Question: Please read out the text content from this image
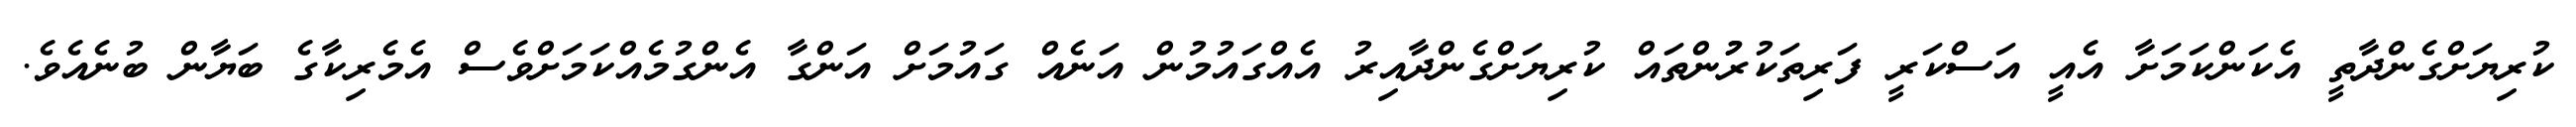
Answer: ކުރިޔަށްގެންދާތީ އެކަންކަމަށާ އެއީ އަސްކަރީ ފަރިތަކުރުުންތައް ކުރިޔަށްގެންދާއިރު އެއްގައުމުން އަނެއް ގައުމަށް އަންގާ އެންގުމެއްކަމަށްވެސް އެމެރިކާގެ ބަޔާން ބުނެއެވެ.